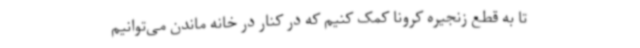
تا به قطع زنجیره کرونا کمک کنیم که در کنار در خانه ماندن می‌توانیم